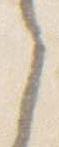
之